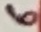
Text: 6